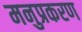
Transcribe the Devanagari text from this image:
मनुप्रकरण